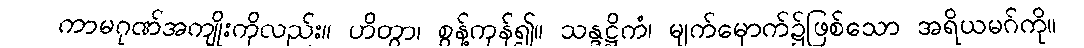
ကာမဂုဏ်အကျိုးကိုလည်း။ ဟိတွာ၊ စွန့်ကုန်၍။ သန္ဒဋ္ဌိကံ၊ မျက်မှောက်၌ဖြစ်သော အရိယမဂ်ကို။